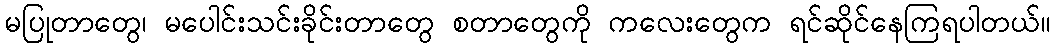
မပြုတာတွေ၊ မပေါင်းသင်းခိုင်းတာတွေ စတာတွေကို ကလေးတွေက ရင်ဆိုင်နေကြရပါတယ်။